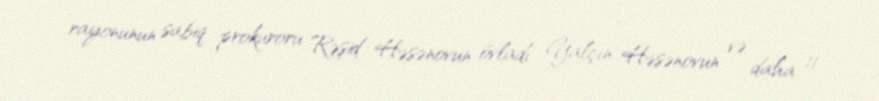
rayonunun sabiq prokuroru Rəşid Həsənovun övladı Yalçın Həsənovun və daha 11